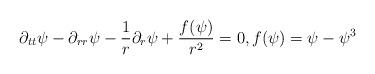
LaTeX: \begin{align*} \partial_{tt} \psi - \partial_{rr} \psi - \frac{1}{r} \partial_r \psi + \frac{f(\psi)}{r^2} =0, f(\psi) = \psi - \psi^3\end{align*}